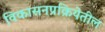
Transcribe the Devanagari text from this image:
विकासनप्रक्रियेतील